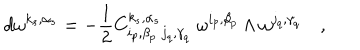
d \omega ^ { k _ { s } , \alpha _ { s } } = - \frac { 1 } { 2 } C _ { i _ { p } , \beta _ { p } \; j _ { q } , \gamma _ { q } } ^ { k _ { s } , \alpha _ { s } } \; \omega ^ { i _ { p } , \beta _ { p } } \wedge \omega ^ { j _ { q } , \gamma _ { q } } \quad ,